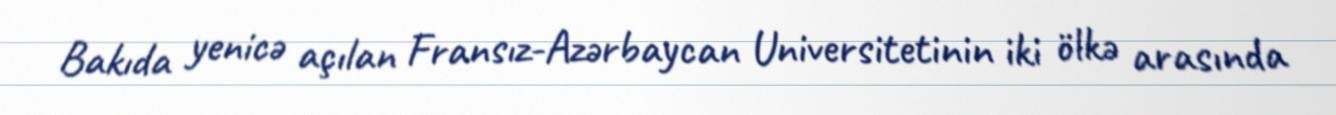
Bakıda yenicə açılan Fransız-Azərbaycan Universitetinin iki ölkə arasında